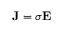
\mathbf { J } = \sigma \mathbf { E }